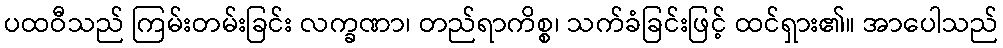
ပထဝီသည် ကြမ်းတမ်းခြင်း လက္ခဏာ၊ တည်ရာကိစ္စ၊ သက်ခံခြင်းဖြင့် ထင်ရှား၏။ အာပေါသည်